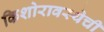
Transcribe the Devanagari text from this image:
किशोरावस्थेची